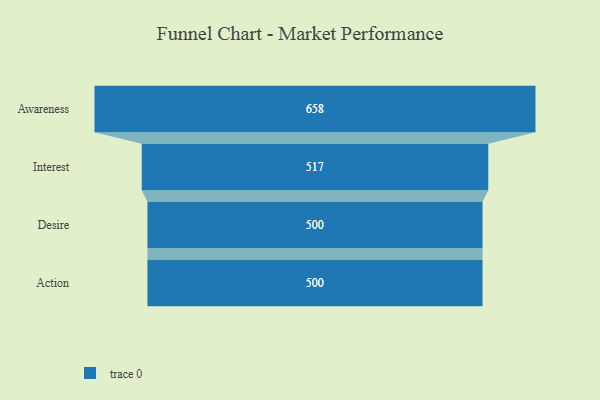
{"axis": {"x": "Stage", "y": "Value"}, "legend": [""], "data": [{"x": "Awareness", "y": 658.0, "type": ""}, {"x": "Interest", "y": 517.0, "type": ""}, {"x": "Desire", "y": 500, "type": ""}, {"x": "Action", "y": 500, "type": ""}]}